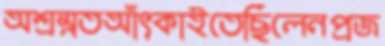
অশ্রম্নতআঁৎকাইতেছিলেনপ্রজ